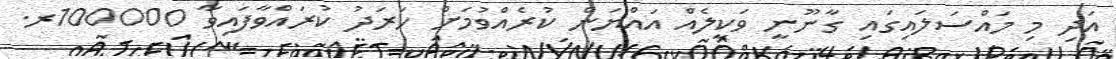
އަދި މި މައްސަލައިގައި ގާނޫނީ ވަކީލެއް އައްޔަން ކުރެއްވުމަށް ހަރަދު ކުރައްވާފައިވާ 100000ރ.